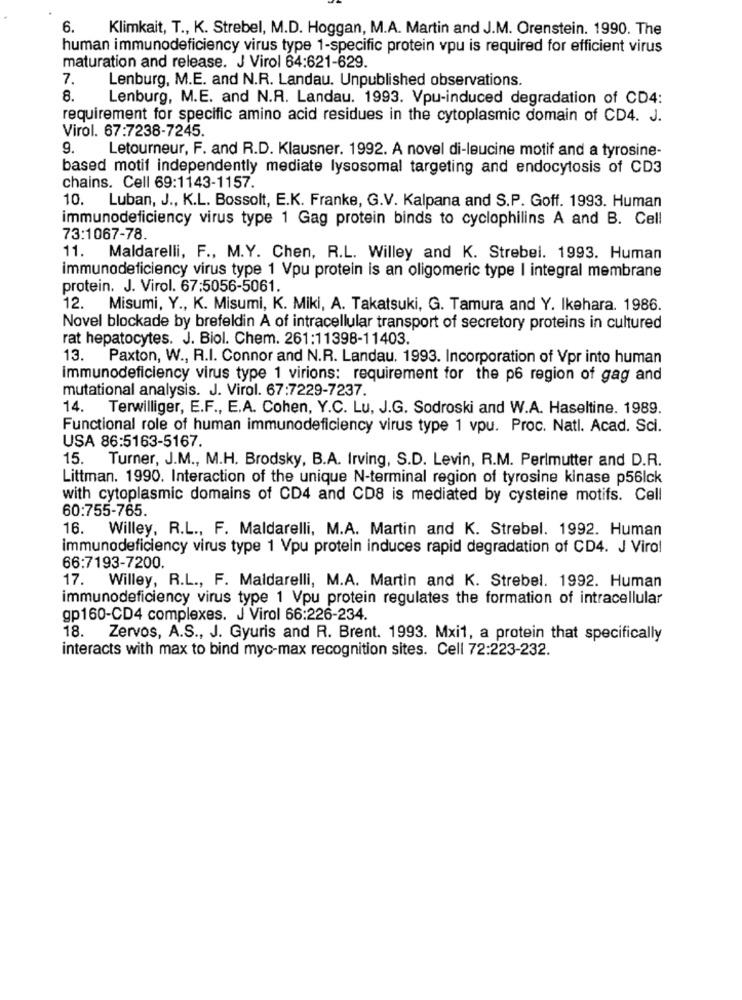
6.
Klimkait, T ., K. Strebel, M.D. Hoggan, M.A. Martin and J.M. Orenstein. 1990. The
human immunodeficiency virus type 1-specific protein vpu is required for efficient virus
maturation and release. J Virol 64:621-629.
7.
Lenburg, M.E. and N.R. Landau. Unpublished observations.
8.
Lenburg, M.E. and N.A. Landau. 1993. Vpu-induced degradation of CD4:
requirement for specific amino acid residues in the cytoplasmic domain of CD4. J.
Virol. 67:7238-7245.
9.
Letourneur, F. and R.D. Klausner. 1992. A novel di-leucine motif and a tyrosine-
based motif independently mediate lysosomal targeting and endocytosis of CD3
chains. Cell 69:1143-1157.
10. Luban, J ., K.L. Bossolt, E.K. Franke, G.V. Kalpana and S.P. Goff. 1993. Human
immunodeficiency virus type 1 Gag protein binds to cyclophilins A and B. Cell
73:1067-78
11. Maldarelli, F ., M.Y. Chen, R.L. Willey and K. Strebel. 1993. Human
immunodeficiency virus type 1 Vpu protein is an oligomeric type I integral membrane
protein. J. Virol. 67:5056-5061.
12. Misumi, Y ., K. Misumi, K. Miki, A. Takatsuki, G. Tamura and Y. Ikehara. 1986.
Novel blockade by brefeldin A of intracellular transport of secretory proteins in cultured
rat hepatocytes. J. Biol. Chem. 261:11398-11403.
13. Paxton, W ., R.I. Connor and N.R. Landau. 1993. Incorporation of Vpr into human
immunodeficiency virus type 1 virions: requirement for the p6 region of gag and
mutational analysis. J. Virol. 67:7229-7237.
14. Terwilliger, E.F ., E.A. Cohen, Y.C. Lu, J.G. Sodroski and W.A. Haseltine. 1989.
Functional role of human immunodeficiency virus type 1 vpu. Proc. Natl. Acad. Sci.
USA 86:5163-5167.
15.
Turner, J.M ., M.H. Brodsky, B.A. Irving, S.D. Levin, R.M. Perlmutter and D.R.
Littman. 1990. Interaction of the unique N-terminal region of tyrosine kinase p56lck
with cytoplasmic domains of CD4 and CD8 is mediated by cysteine motifs. Cell
60:755-765.
16. Willey, R.L ., F. Maldarelli, M.A. Martin and K. Strebel. 1992. Human
immunodeficiency virus type 1 Vpu protein induces rapid degradation of CD4. J Virol
66:7193-7200.
17. Willey, R.L ., F. Maldarelli, M.A. Martin and K. Strebel. 1992. Human
immunodeficiency virus type 1 Vpu protein regulates the formation of intracellular
gp160-CD4 complexes. J Virol 66:226-234.
18. Zervos, A.S ., J. Gyuris and R. Brent. 1993. Mxi1, a protein that specifically
interacts with max to bind myc-max recognition sites. Cell 72:223-232.